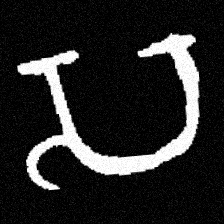
Pyu character \u2014 Myanmar letter: သ (romanized: sa)